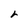
Character: r